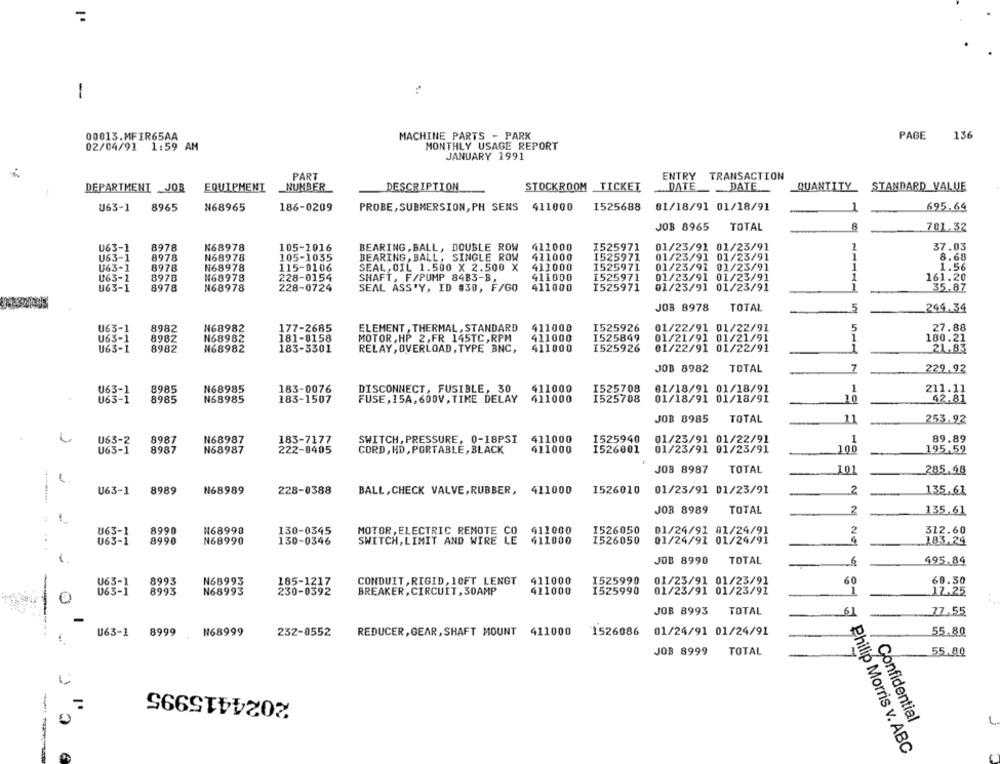
..
-
00013.MFIR65AA
MACHINE PARTS - PARK
PAGE
136
MONTHLY USAGE REPORT
02/04/91 1:59 AM
JANUARY 1991
PART
ENTRY TRANSACTION
DEPARTMENT JOB
EQUIPMENT
NUMBER
DESCRIPTION
STOCKROOM TICKET
DATE
DATE
QUANTITY
STANDARD VALUE
U63-1
8965
N68965
PROBE, SUBMERSION, PH SENS 411000
I525688
81/18/91 01/18/91
695.64
186-0209
-
JOB 8965
TOTAL
8
-
701.32
-
U63-1
8978
N68978
105-1016
BEARING , BALL, DOUBLE ROW
411000
I525971
01/23/91 01/23/91
37.03
U63-1
8978
N68978
105-1035
BEARING, BALL , SINGLE ROW
411000
1525971
01/23/91 01/23/91
1
8.68
U63-1
8978
N68978
115-0106
SEAL, OIL 1.500 X 2.500 X
411000
1525971
01/23/91 01/23/91
1
1.56
411000
I525971
01/23/91 01/23/91
U63-1
8978
₦68978
228-0154
SHAFT, F/PUMP 84B3-B,
1
161.20
U63-1
8978
N68978
228-0724
SEAL ASS'Y, ID #30, F/GO
411000
I525971
01/23/91 01/23/91
-
35.87
JOB 8978
TOTAL
5
249.34
U63-1
8982
N68982
177-2685
ELEMENT , THERMAL, STANDARD
411008
I525926
01/22/91 01/22/91
5
27.88
411000
1525849
01/21/91 01/21/91
1
180.21
U63-1
8982
N68982
181-0158
MOTOR, HP 2,FR 145TC, RPM
U63-1
8982
N68982
183-3301
RELAY , OVERLOAD , TYPE BNC, 411000
I525926
01/22/91 01/22/91
21.83
JOB 8982
TOTAL
7
229.92
U63-1
8985
N68985
183-0076
DISCONNECT, FUSIBLE, 30
411000
I525708
01/18/91 01/18/91
1
211.11
8985
I525708
42.81
U63-1
N68985
183-1507
FUSE, 15A, 600V , TIME DELAY
411000
01/18/91 01/18/91
10
JOB 8985
TOTAL
11
253.92
U63-2
8987
N68987
183-7177
SWITCH, PRESSURE, 0-18PSI
411000
I525940
01/23/91 01/22/91
1
89.89
U63-1
8987
N68987
222-0405
CORD, HD , PORTABLE, BLACK
411000
1526001
01/23/91 01/23/91
100
195,59
JOB 8987
TOTAL
101
285.98
U63-1
8989
N68989
228-0388
1526010
01/23/91 01/23/91
2
BALL, CHECK VALVE, RUBBER, 411000
135.61
JOB 8989
TOTAL
2
135.61
U63-1
8990
N68998
130-0345
MOTOR, ELECTRIC REMOTE CO
411000
I526050
01/24/91 81/24/91
2
312.60
U63-1
8990
N68990
130-0346
SWITCH, LIMIT AND WIRE LE 411000
1526050
01/24/91 01/24/91
183.24
JOB 8990
TOTAL
-
495.84
U63-1
8993
N68993
CONDUIT , RIGID, 10FT LENGT
411000
1525990
01/23/91 01/23/91
60
60.30
185-1217
063-1
8993
N68993
230-0392
BREAKER , CIRCUIT ,30AMP
411000
I525990
01/23/91 01/23/91
-
17.25
JOB 8993
TOTAL
61
77.55
U63-1
8999
.N68999
232-0552
REDUCER, GEAR, SHAFT MOUNT 411000
1526086
01/24/91 01/24/91
55.80
JOB 8999
TOTAL
55.80
2024415995
Confidential
L
Philip Morris v. ABC